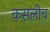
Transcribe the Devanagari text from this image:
कसलीच